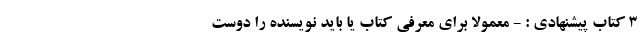
3 کتاب پیشنهادی : - معمولا برای معرفی کتاب یا باید نویسنده را دوست